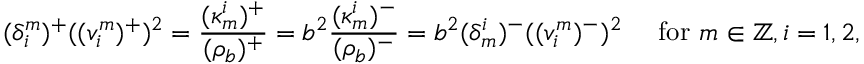
( \delta _ { i } ^ { m } ) ^ { + } ( ( v _ { i } ^ { m } ) ^ { + } ) ^ { 2 } = \frac { ( \kappa _ { m } ^ { i } ) ^ { + } } { ( \rho _ { b } ) ^ { + } } = b ^ { 2 } \frac { ( \kappa _ { m } ^ { i } ) ^ { - } } { ( \rho _ { b } ) ^ { - } } = b ^ { 2 } ( \delta _ { m } ^ { i } ) ^ { - } ( ( v _ { i } ^ { m } ) ^ { - } ) ^ { 2 } \quad \mathrm { ~ f o r ~ } m \in \mathbb { Z } , i = 1 , 2 ,